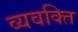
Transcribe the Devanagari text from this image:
व्यवक्ति